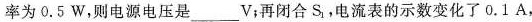
率为0.5W，则电源电压是___V；再闭合S_{1}，电流表的示数变化了0.1A，